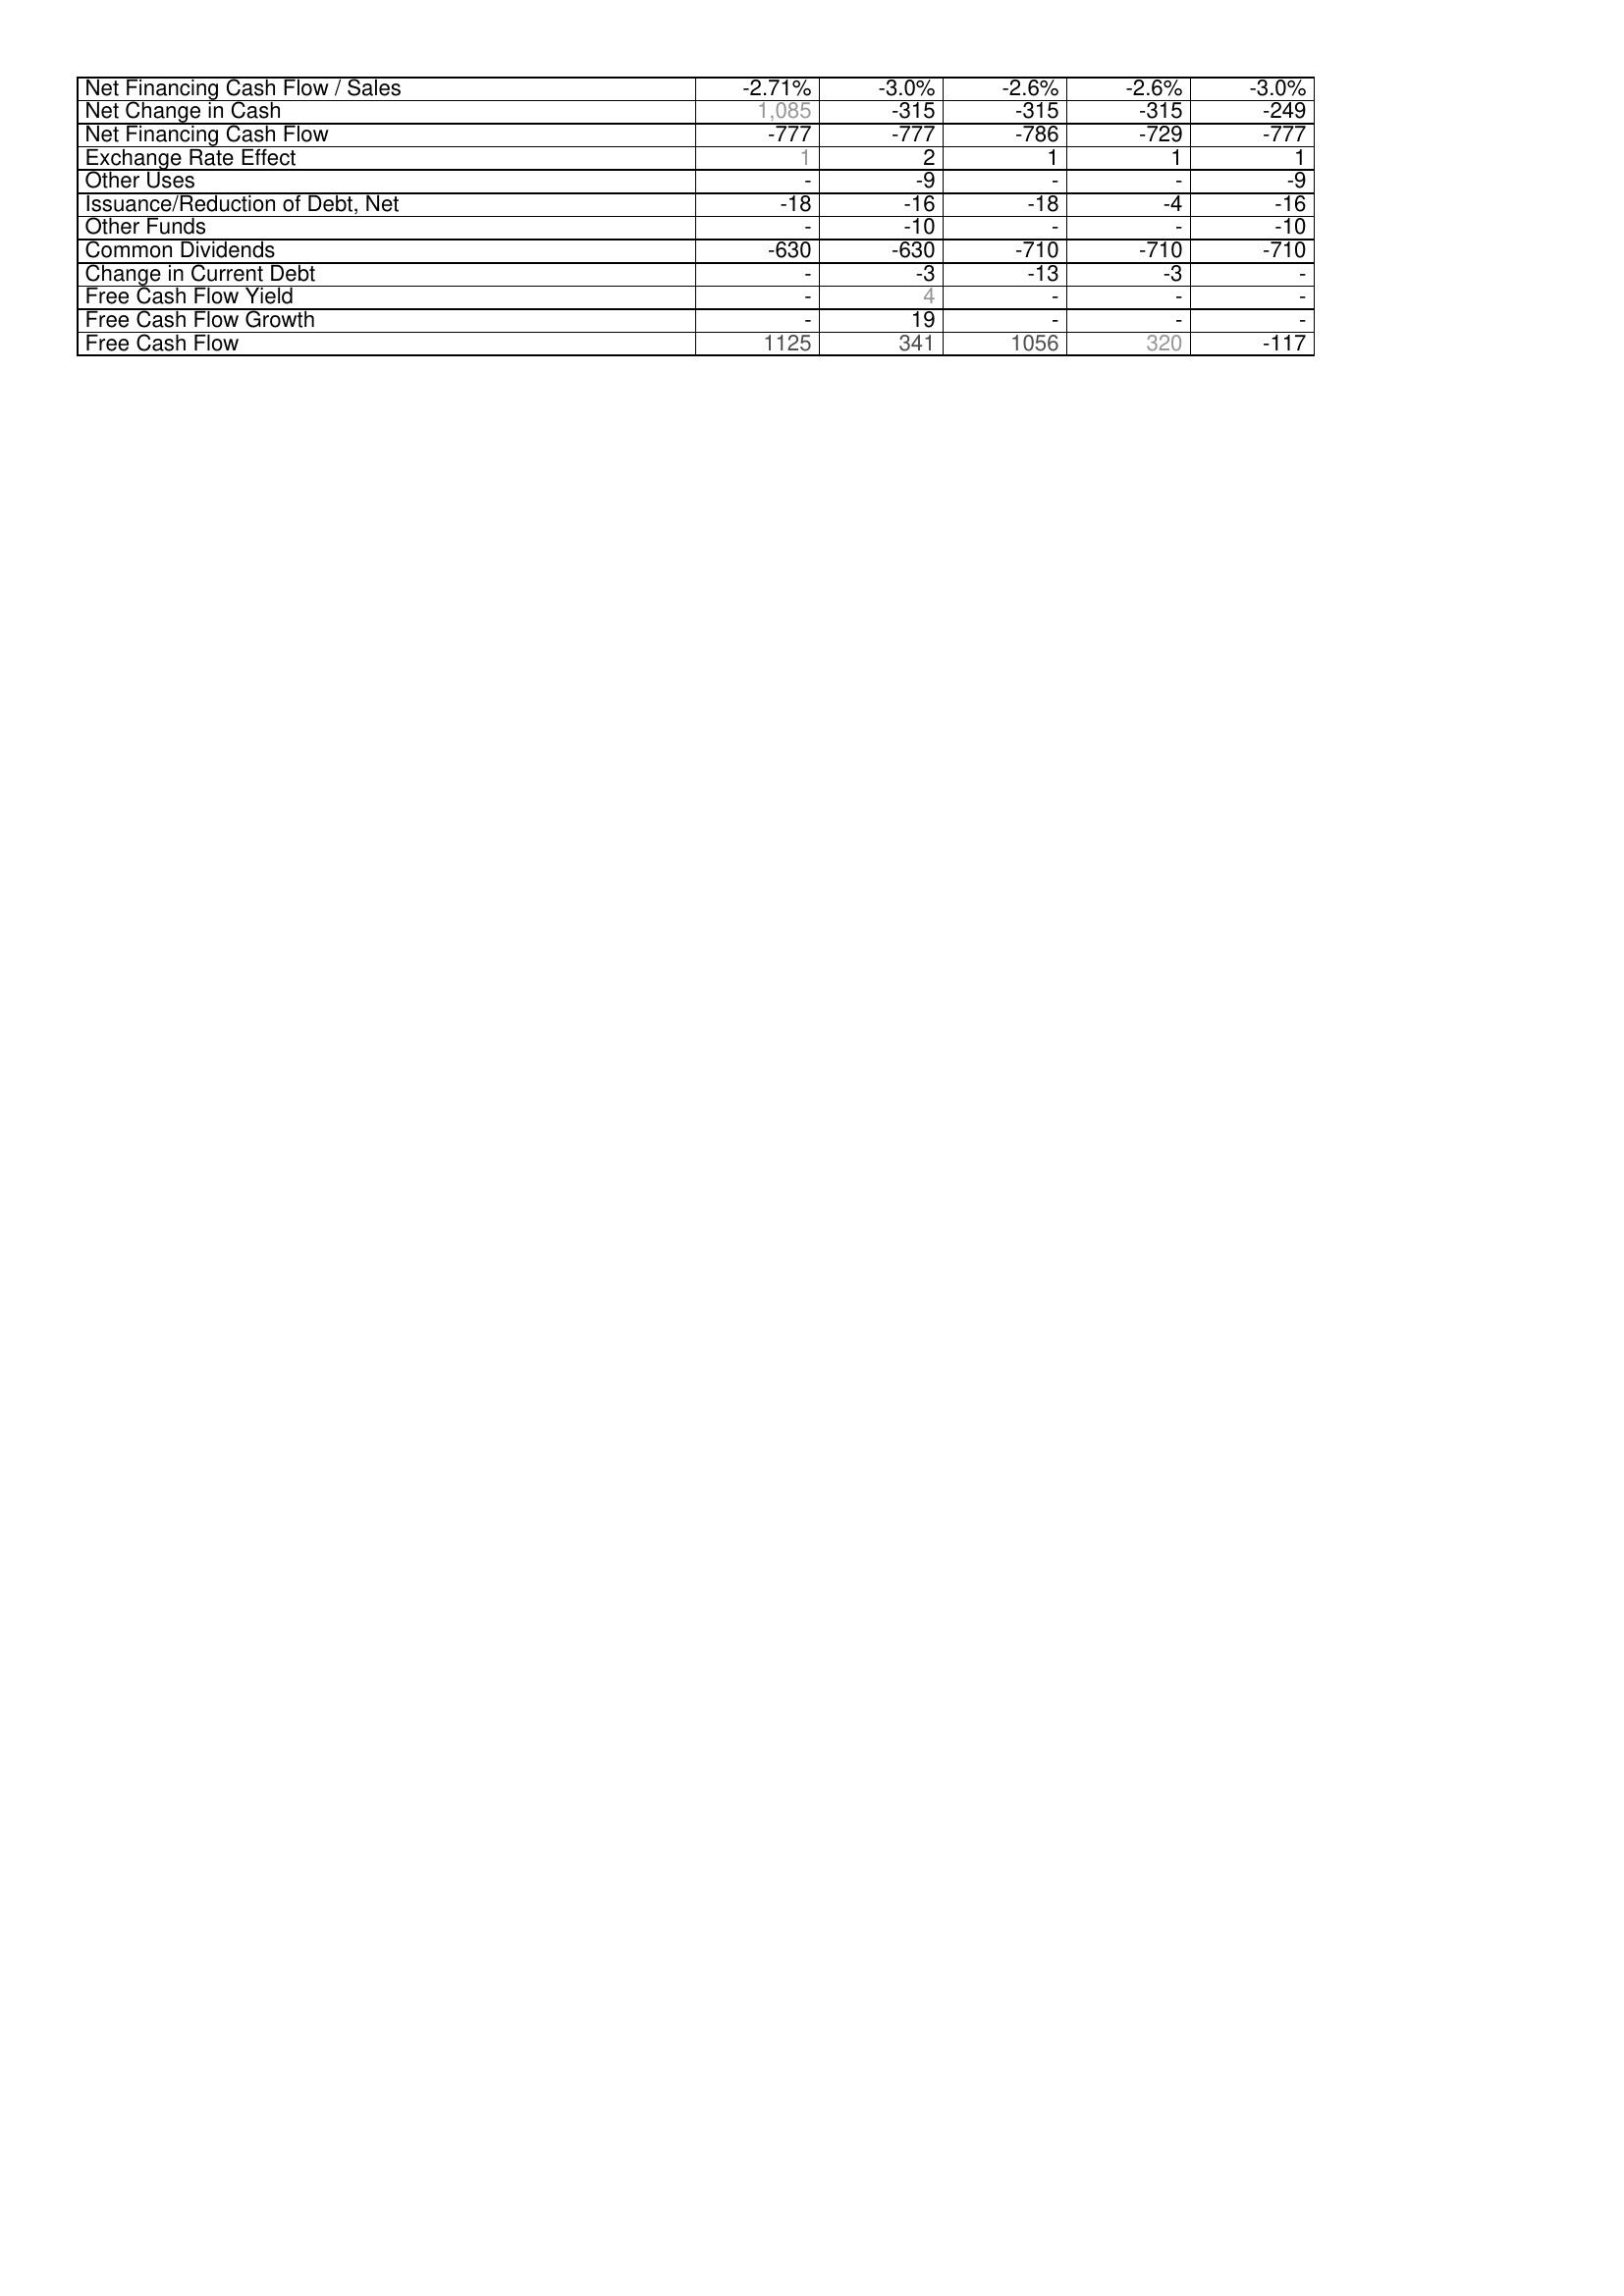
2017: Financing Activities: Net Financing Cash Flow / Sales: -2.71%
Net Change in Cash: 1,085
Net Financing Cash Flow: -777
Exchange Rate Effect: 1
Other Uses: -
Issuance/Reduction of Debt, Net: -18
Other Funds: -
Common Dividends: -630
Change in Current Debt: -
Free Cash Flow Yield: -
Free Cash Flow Growth: -
Free Cash Flow: 1125
2016: Financing Activities: Net Financing Cash Flow / Sales: -3.0%
Net Change in Cash: -315
Net Financing Cash Flow: -777
Exchange Rate Effect: 2
Other Uses: -9
Issuance/Reduction of Debt, Net: -16
Other Funds: -10
Common Dividends: -630
Change in Current Debt: -3
Free Cash Flow Yield: 4
Free Cash Flow Growth: 19
Free Cash Flow: 341
2015: Financing Activities: Net Financing Cash Flow / Sales: -2.6%
Net Change in Cash: -315
Net Financing Cash Flow: -786
Exchange Rate Effect: 1
Other Uses: -
Issuance/Reduction of Debt, Net: -18
Other Funds: -
Common Dividends: -710
Change in Current Debt: -13
Free Cash Flow Yield: -
Free Cash Flow Growth: -
Free Cash Flow: 1056
2014: Financing Activities: Net Financing Cash Flow / Sales: -2.6%
Net Change in Cash: -315
Net Financing Cash Flow: -729
Exchange Rate Effect: 1
Other Uses: -
Issuance/Reduction of Debt, Net: -4
Other Funds: -
Common Dividends: -710
Change in Current Debt: -3
Free Cash Flow Yield: -
Free Cash Flow Growth: -
Free Cash Flow: 320
2013: Financing Activities: Net Financing Cash Flow / Sales: -3.0%
Net Change in Cash: -249
Net Financing Cash Flow: -777
Exchange Rate Effect: 1
Other Uses: -9
Issuance/Reduction of Debt, Net: -16
Other Funds: -10
Common Dividends: -710
Change in Current Debt: -
Free Cash Flow Yield: -
Free Cash Flow Growth: -
Free Cash Flow: -117